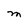
Character: M